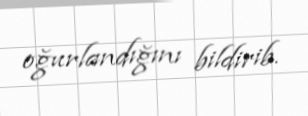
oğurlandığını bildirib.